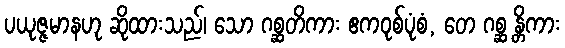
ပယုဇ္ဇမာနဟု ဆိုထားသည်၊ သော ဂစ္ဆတိကား ဧကဝုစ်ပုံစံ, တေ ဂစ္ဆ န္တိကား